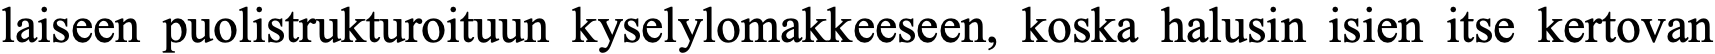
laiseen puolistrukturoituun kyselylomakkeeseen, koska halusin isien itse kertovan